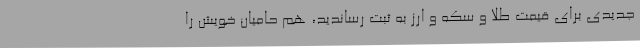
جدیدی برای قیمت طلا و سکه و ارز به ثبت رساندید، هم حامیان خویش را